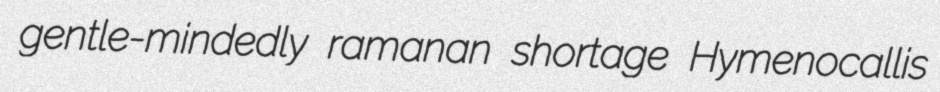
gentle-mindedly ramanan shortage Hymenocallis